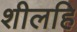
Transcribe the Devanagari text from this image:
शीलहि